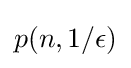
p(n,1/\epsilon )